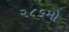
૨૮૬મો